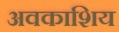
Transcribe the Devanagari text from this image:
अवकाशिय